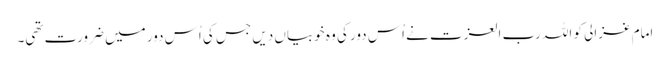
امام غزالی کو اللہ رب العزت نے اُس دور کی وہ خوبیاں دیں جس کی اُس دور میں ضرورت تھی۔